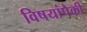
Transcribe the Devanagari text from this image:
विषयांपैकी